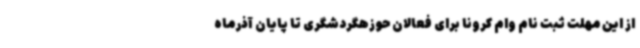
از این مهلت ثبت نام وام کرونا برای فعالان حوزهگردشگری تا پایان آذرماه